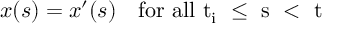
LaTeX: x ( s ) = x ^ { \prime } ( s ) \quad \mathrm { f o r ~ a l l ~ t _ { i } ~ \le ~ s ~ < ~ t ~ }